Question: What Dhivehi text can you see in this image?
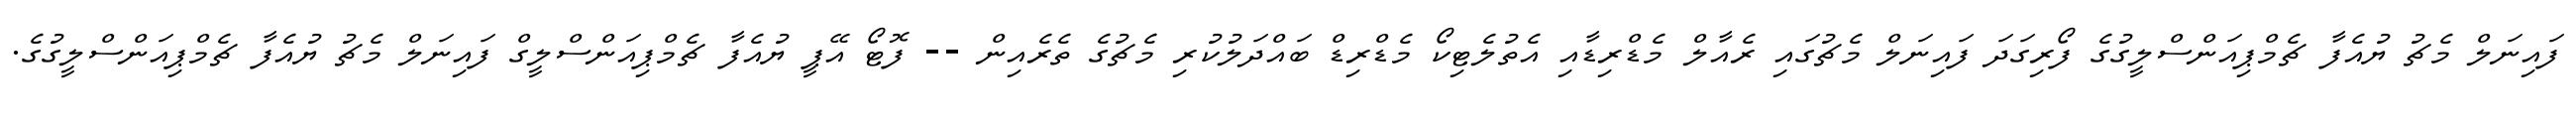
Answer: ފައިނަލް މެޗު ޔުއެފާ ޗެމްޕިއަންސްލީގުގެ ފޯރިގަދަ ފައިނަލް މެޗުގައި ރެއާލް މެޑްރިޑާއި އެތުލެޓިކޯ މެޑްރިޑް ބައްދަލުކުރި މެޗުގެ ތެރެއިން -- ފޮޓޯ އޭޕީ ޔުއެފާ ޗެމްޕިއަންސްލީގް ފައިނަލް މެޗު ޔުއެފާ ޗެމްޕިއަންސްލީގުގެ.